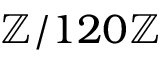
\mathbb { Z } / 1 2 0 \mathbb { Z }